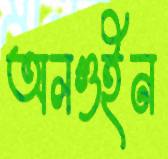
অলগুইন